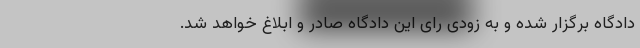
دادگاه برگزار شده و به زودی رای این دادگاه صادر و ابلاغ خواهد شد.